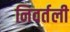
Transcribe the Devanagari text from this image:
निवर्तली